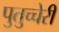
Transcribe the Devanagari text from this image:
पुतुच्चेरी